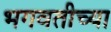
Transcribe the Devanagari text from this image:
भगवतीच्या